画像に写った文字を読んでください
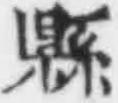
「縣」と書いてあります